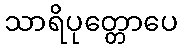
သာရိပုတ္တောပေ